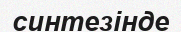
синтезінде